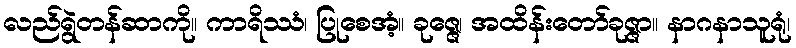
လည်ရွဲတန်ဆာကို။ ကာရိဿံ၊ ပြုစေအံ့။ ခုဇ္ဇေ၊ အထိန်းတော်ခုဇ္ဇာ။ နာဂနာသူရုံ၊